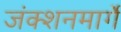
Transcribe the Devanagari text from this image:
जंक्शनमार्गे